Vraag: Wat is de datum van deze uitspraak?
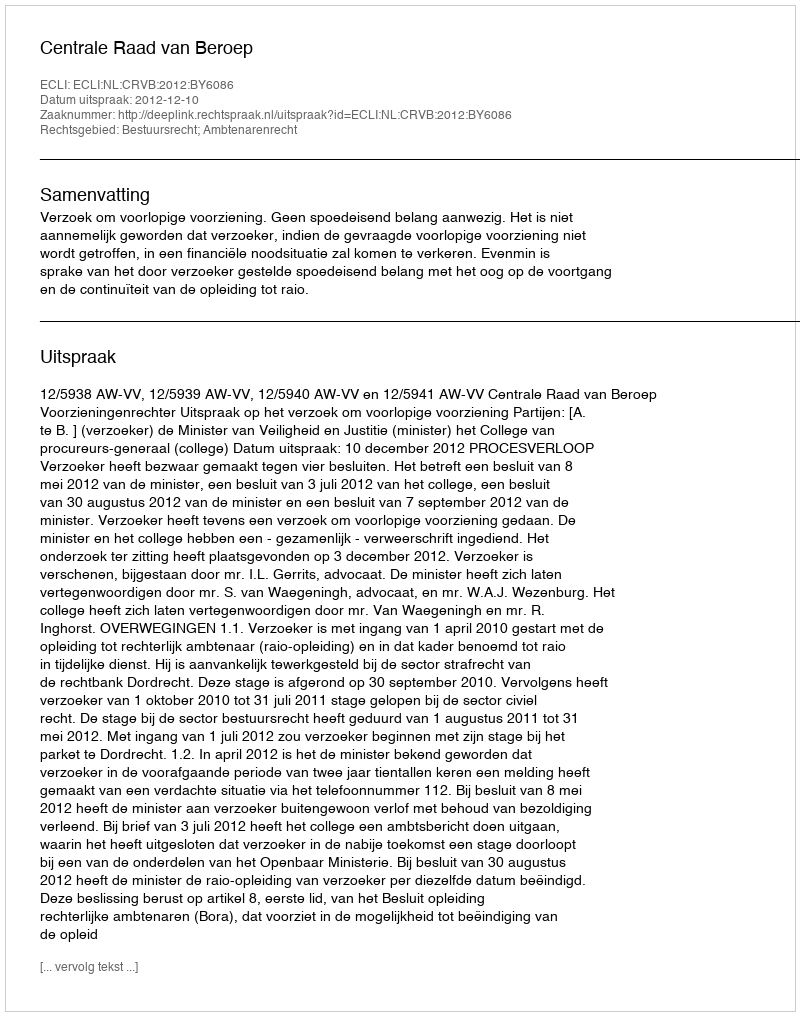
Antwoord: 2012-12-10